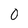
Character: 0